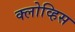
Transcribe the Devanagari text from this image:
क्लोव्हिस